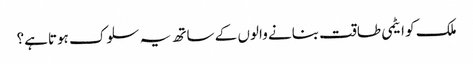
ملک کو ایٹمی طاقت بنانے والوں کے ساتھ یہ سلوک ہوتاہے؟